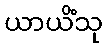
ယာယိံသု